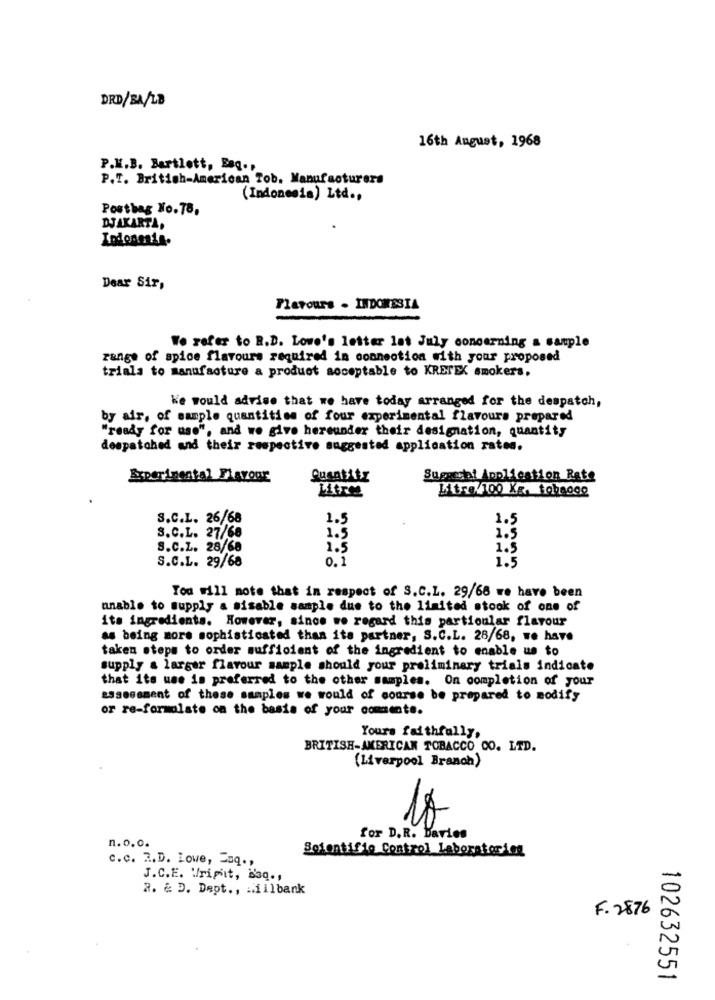
DRD/BA/18
16th August, 1968
P.K.B. Bartlett, Bag .,
P.T. British-American Tob. Manufacturers
(Indonesia) Ltd .,
Posthag No.78,
DJAKARTA,
Todonenin.
Dear Sir,
Flavours . INDONESIA
Wo refer to B.D. Lowe's letter lat July concerning a sample
range of spice flavours required in connection with your proposed
triala to manufacture a product acceptable to KRETEK smokers.
We would advise that we have today arranged for the despatch,
by air, of sample quantities of four experimental flavours prepared
"ready for use", and we give hereunder their designation, quantity
despatched and their respective suggested application rates.
Experimental Flavour
Suantitr
Suggesti Application Rate
Litre
Litre/ 100 Kg. tobaogo
S.C.L. 26/68
1.5
1.5
S.C.L. 27/68
1.5
1.5
S.C.L. 28/68
1.5
1.5
S.C.L. 29/68
0.1
1.5
You will mote that in respect of S.C.L. 29/68 we have been
unable to supply a sisable sample due to the limited stook of one of
its ingredients. However, since we regard this particular flavour
as being more sophisticated than its partner, S.C.L. 28/68, we have
taken steps to order sufficient of the ingredient to enable us to
supply a larger flavour sample should your preliminary trials indicate
that its use is preferred to the other samples. On completion of your
assessment of these samples we would of course be prepared to modify
or re-formulate on the basis of your commente.
Yours faithfully,
BRITISH-AMERICAN TOBACCO CO. LTD.
(Liverpool Branch)
10
n.o.o.
for D.R. Baries
Scientific Control Laboratorios
c.c. 2.D. Lowe, Esq .,
J.C.E. Wright, Baq .,
2. & D. Dept ., willbank
F. 2876
102632551